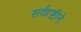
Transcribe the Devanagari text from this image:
सर्वदृष्टीने